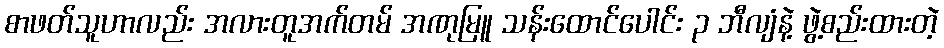
စာဖတ်သူဟာလည်း အလားတူအက်တမ် အဏုမြူ သန်းထောင်ပေါင်း ၃ ဘီလျံနဲ့ ဖွဲ့စည်းထားတဲ့